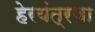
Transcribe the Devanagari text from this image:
हेरयंत्रणा